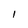
Character: I